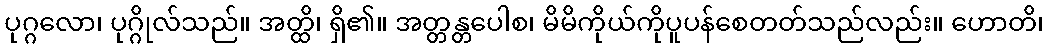
ပုဂ္ဂလော၊ ပုဂ္ဂိုလ်သည်။ အတ္ထိ၊ ရှိ၏။ အတ္တန္တပေါစ၊ မိမိကိုယ်ကိုပူပန်စေတတ်သည်လည်း။ ဟောတိ၊